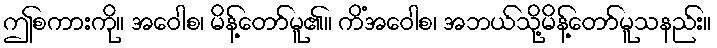
ဤစကားကို။ အဝေါစ၊ မိန့်တော်မူ၏။ ကိံအဝေါစ၊ အဘယ်သို့မိန့်တော်မူသနည်း။